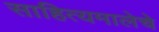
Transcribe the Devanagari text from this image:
साहित्यमालेचे